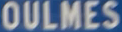
OULMES